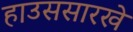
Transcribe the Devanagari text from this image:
हाउससारखे